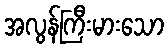
အလွန်ကြီးမားသော